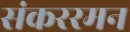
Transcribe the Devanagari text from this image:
संकररमन